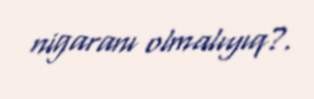
nigaranı olmalıyıq?.